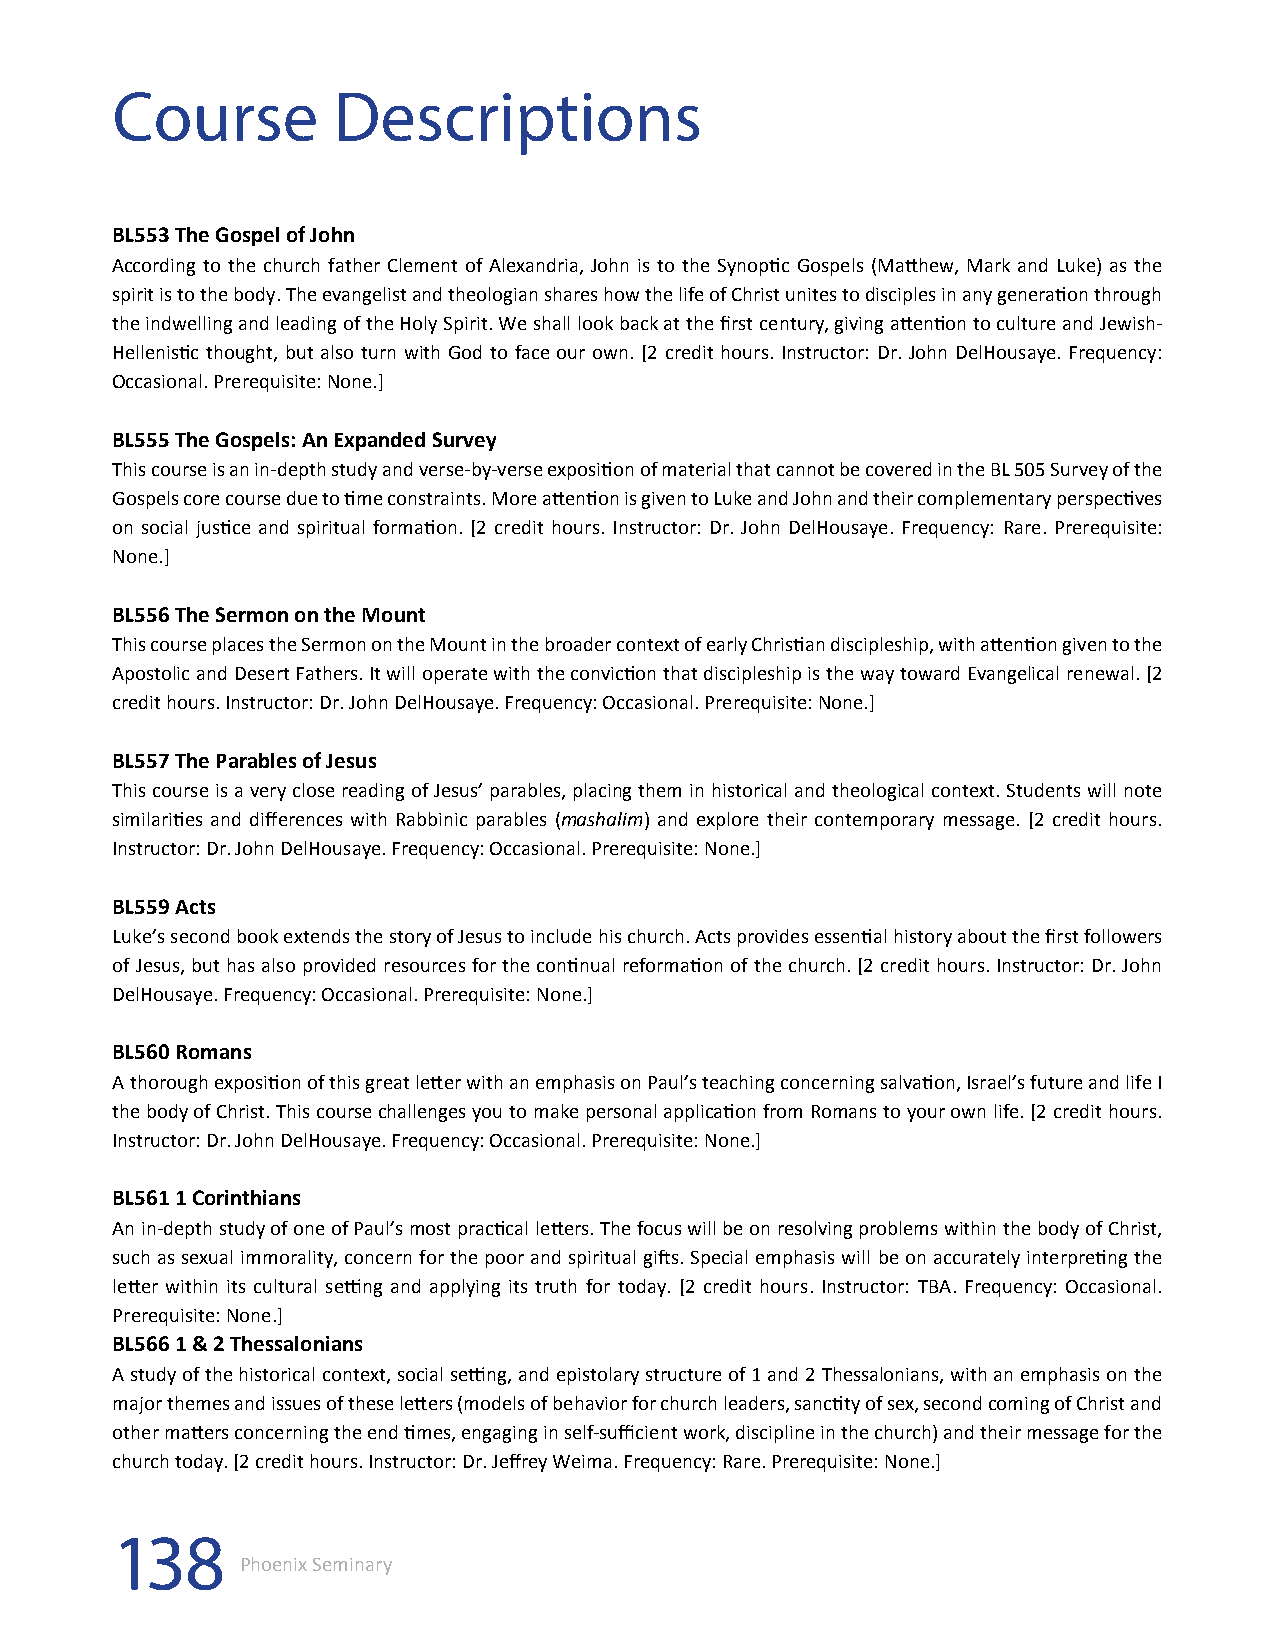
Course         Descriptions
 BL553 The Gospel of John
 According to the church father Clement of Alexandria, John is to the Synoptic Gospels (Matthew, Mark and Luke) as the
 spirit is to the body. The evangelist and theologian shares how the life of Christ unites to disciples in any generation through
 the indwelling and leading of the Holy Spirit. We shall look back at the first century, giving attention to culture and Jewish-
 Hellenistic thought, but also turn with God to face our own. [2 credit hours. Instructor: Dr. John DelHousaye. Frequency:
 Occasional. Prerequisite: None.]
 BL555 The Gospels: An Expanded Survey
 This course is an in-depth study and verse-by-verse exposition of material that cannot be covered in the BL 505 Survey of the
 Gospels core course due to time constraints. More attention is given to Luke and John and their complementary perspectives
 on social justice and spiritual formation. [2 credit hours. Instructor: Dr. John DelHousaye. Frequency: Rare. Prerequisite:
 None.]
 BL556 The Sermon on the Mount
 This course places the Sermon on the Mount in the broader context of early Christian discipleship, with attention given to the
 Apostolic and Desert Fathers. It will operate with the conviction that discipleship is the way toward Evangelical renewal. [2
 credit hours. Instructor: Dr. John DelHousaye. Frequency: Occasional. Prerequisite: None.]
 BL557 The Parables of Jesus
 This course is a very close reading of Jesus’ parables, placing them in historical and theological context. Students will note
 similarities and differences with Rabbinic parables (mashalim) and explore their contemporary message. [2 credit hours.
 Instructor: Dr. John DelHousaye. Frequency: Occasional. Prerequisite: None.]
 BL559 Acts
 Luke’s second book extends the story of Jesus to include his church. Acts provides essential history about the first followers
 of Jesus, but has also provided resources for the continual reformation of the church. [2 credit hours. Instructor: Dr. John
 DelHousaye. Frequency: Occasional. Prerequisite: None.]
 BL560 Romans
 A thorough exposition of this great letter with an emphasis on Paul’s teaching concerning salvation, Israel’s future and life I
 the body of Christ. This course challenges you to make personal application from Romans to your own life. [2 credit hours.
 Instructor: Dr. John DelHousaye. Frequency: Occasional. Prerequisite: None.]
 BL561 1 Corinthians
 An in-depth study of one of Paul’s most practical letters. The focus will be on resolving problems within the body of Christ,
 such as sexual immorality, concern for the poor and spiritual gifts. Special emphasis will be on accurately interpreting the
 letter within its cultural setting and applying its truth for today. [2 credit hours. Instructor: TBA. Frequency: Occasional.
 Prerequisite: None.]
 BL566 1 & 2 Thessalonians
 A study of the historical context, social setting, and epistolary structure of 1 and 2 Thessalonians, with an emphasis on the
 major themes and issues of these letters (models of behavior for church leaders, sanctity of sex, second coming of Christ and
 other matters concerning the end times, engaging in self-sufficient work, discipline in the church) and their message for the
 church today. [2 credit hours. Instructor: Dr. Jeffrey Weima. Frequency: Rare. Prerequisite: None.]
 138
 Phoenix Seminary